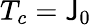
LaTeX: T_{c}={{\mathsf{J}}_{0}}